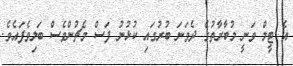
އެ ޓީމް ވަނީ މުބާރާތުގެ ދެވަނަ ބުރުގައި ކުޅުނު ފަސް މެޗުންވެސް ބަލިވެފައެވެ.